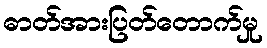
ဓာတ်အားပြတ်တောက်မှု